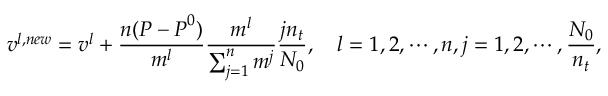
\boldsymbol { v } ^ { l , n e w } = \boldsymbol { v } ^ { l } + \frac { n ( \boldsymbol { P } - \boldsymbol { P } ^ { 0 } ) } { m ^ { l } } \frac { m ^ { l } } { \sum _ { j = 1 } ^ { n } m ^ { j } } \frac { j n _ { t } } { N _ { 0 } } , \quad l = 1 , 2 , \cdots , n , j = 1 , 2 , \cdots , \frac { N _ { 0 } } { n _ { t } } ,